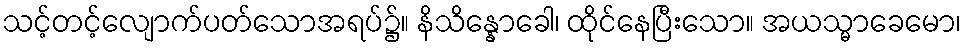
သင့်တင့်လျောက်ပတ်သောအရပ်၌။ နိသိန္နောခေါ၊ ထိုင်နေပြီးသော။ အယသ္မာခေမော၊